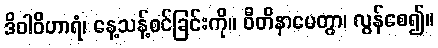
ဒိဝါဝိဟာရံ၊ နေ့သန့်စင်ခြင်းကို။ ဝီတိနာမေတွာ၊ လွန်စေ၍။